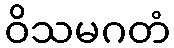
ဝိသမဂတံ